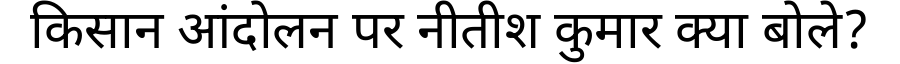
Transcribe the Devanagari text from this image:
किसान आंदोलन पर नीतीश कुमार क्या बोले?